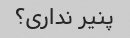
پنیر نداری؟